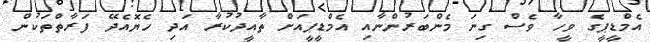
އެމްޑީޕީގެ ވީހާ ވެސް ގިނަ މެންބަރުންނާއި އެމްޑީޕީއަށް ތާއީދުކުރާ އަދި ހެޔޮއެދޭ ފަރާތްތަކުން